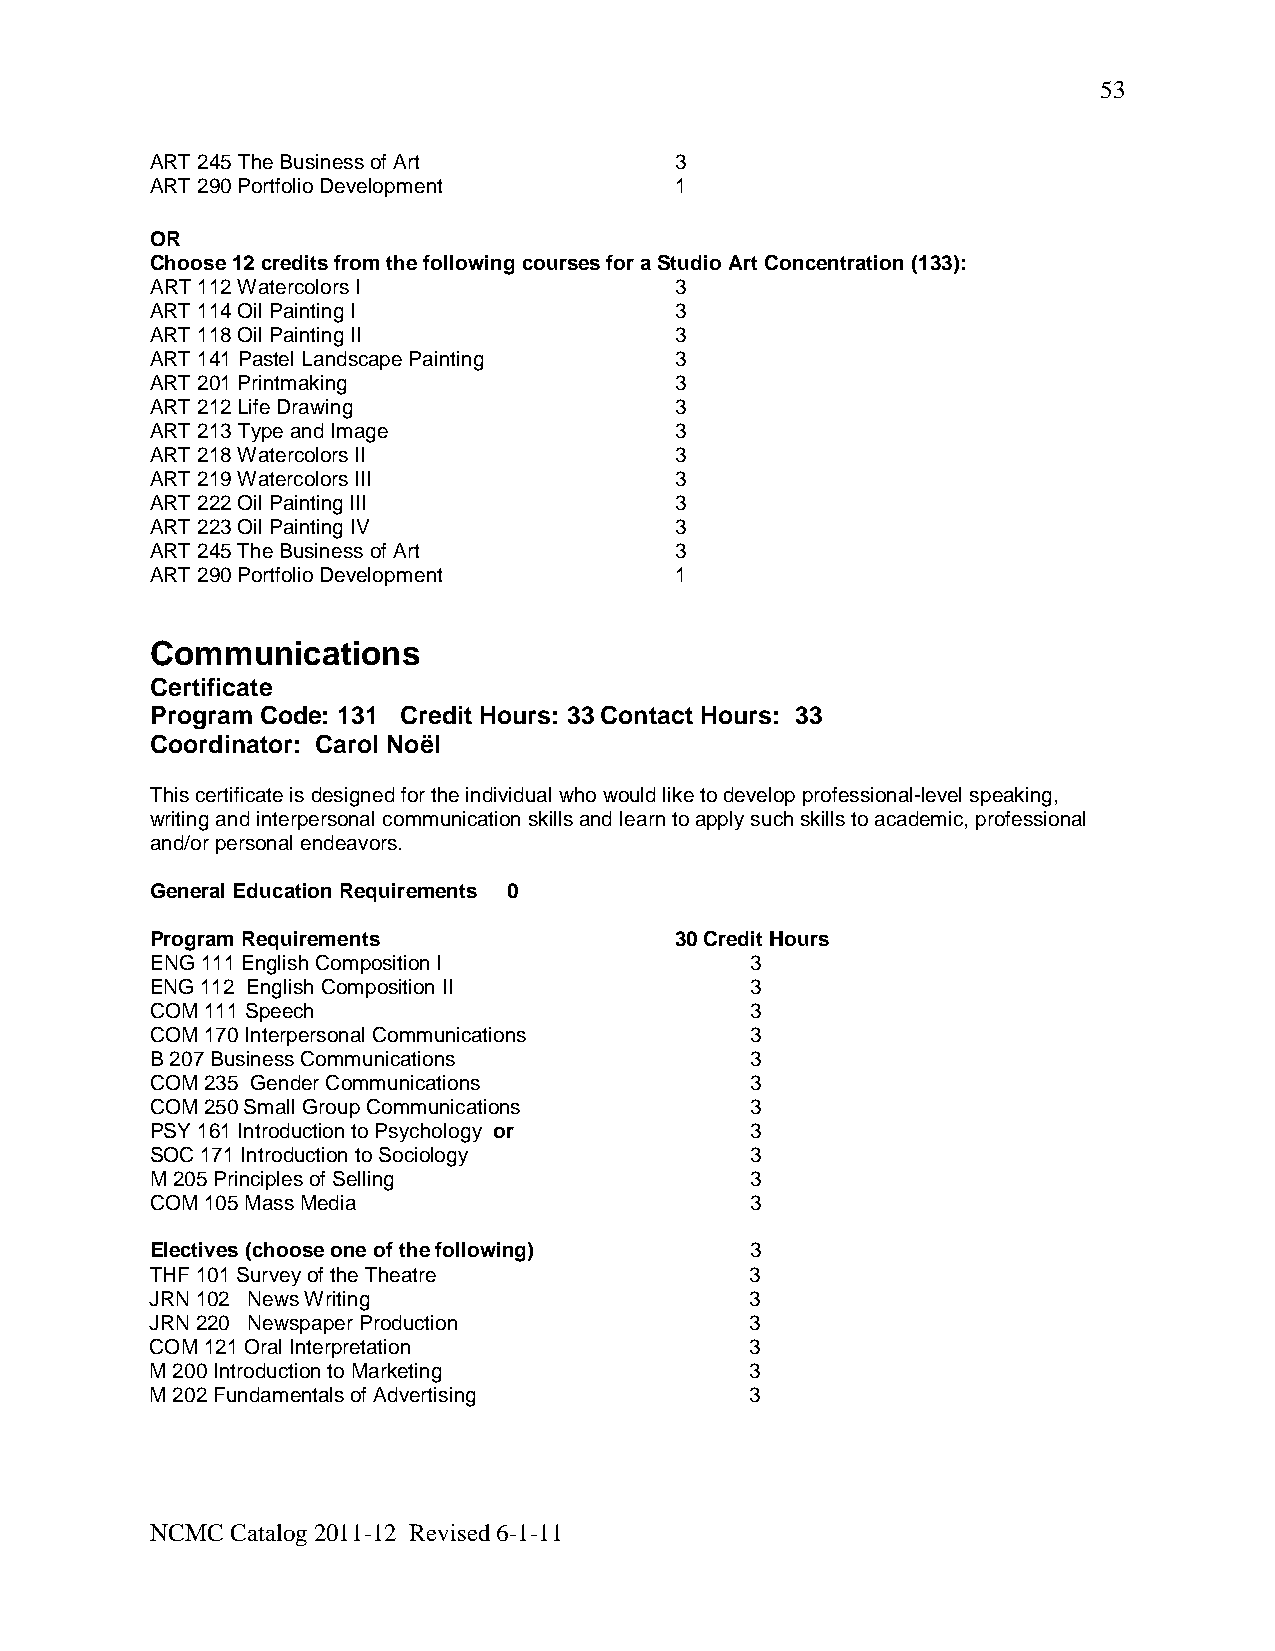
53
 ART 245 The Business of Art        3
 ART 290 Portfolio Development      1
 OR
 Choose 12 credits from the following courses for a Studio Art Concentration (133):
 ART 112 Watercolors I              3
 ART 114 Oil Painting I             3
 ART 118 Oil Painting II            3
 ART 141 Pastel Landscape Painting  3
 ART 201 Printmaking                3
 ART 212 Life Drawing               3
 ART 213 Type and Image             3
 ART 218 Watercolors II             3
 ART 219 Watercolors III            3
 ART 222 Oil Painting III           3
 ART 223 Oil Painting IV            3
 ART 245 The Business of Art        3
 ART 290 Portfolio Development      1
 Communications
 Certificate
 Program Code: 131 Credit Hours: 33 Contact Hours: 33
 Coordinator: Carol Noël
 This certificate is designed for the individual who would like to develop professional-level speaking,
 writing and interpersonal communication skills and learn to apply such skills to academic, professional
 and/or personal endeavors.
 General Education Requirements 0
 Program Requirements               30 Credit Hours
 ENG 111 English Composition I           3
 ENG 112 English Composition II          3
 COM 111 Speech                          3
 COM 170 Interpersonal Communications    3
 B 207 Business Communications           3
 COM 235 Gender Communications           3
 COM 250 Small Group Communications      3
 PSY 161 Introduction to Psychology or   3
 SOC 171 Introduction to Sociology       3
 M 205 Principles of Selling             3
 COM 105 Mass Media                      3
 Electives (choose one of the following) 3
 THF 101 Survey of the Theatre           3
 JRN 102 News Writing                    3
 JRN 220 Newspaper Production            3
 COM 121 Oral Interpretation             3
 M 200 Introduction to Marketing         3
 M 202 Fundamentals of Advertising       3
 NCMC Catalog 2011-12 Revised 6-1-11